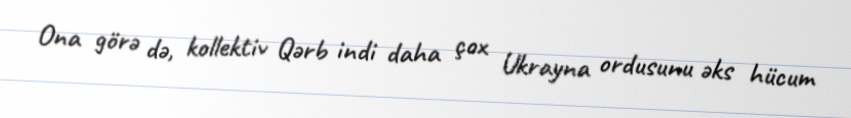
Ona görə də, kollektiv Qərb indi daha çox Ukrayna ordusunu əks hücum